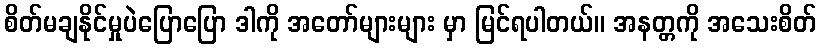
စိတ်မချနိုင်မှုပဲပြောပြော ဒါကို အတော်များများ မှာ မြင်ရပါတယ်။ အနတ္တကို အသေးစိတ်